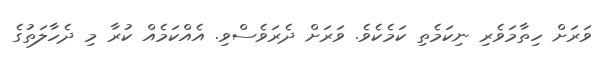
ވަރަށް ހިތާމަވެރި ނިކަމެތި ކަމެކެވެ. ވަރަށް ދެރަވެސްވި. އެއްކަމެއް ކުރާ މި ދެހާލަތުގެ